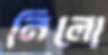
নিলো